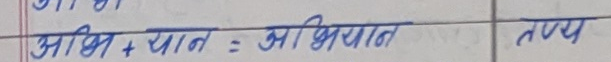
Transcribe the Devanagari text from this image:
अभि + यान = अभियान  तथ्य